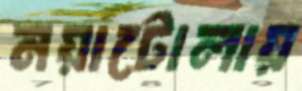
নয়াটোলায়